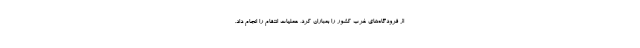
از فرودگاه‌های غرب کشور را بمباران کرد، عملیات انتقام را انجام داد.